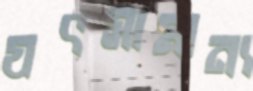
যৎসামান্য